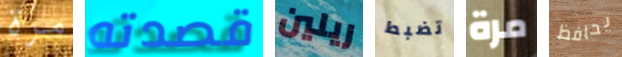
مرة قصدته ريلين تضبط مرة يحافظ